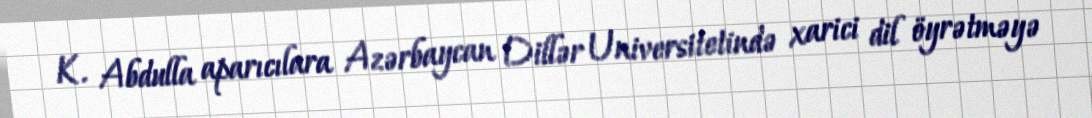
K. Abdulla aparıcılara Azərbaycan Dillər Universitetində xarici dil öyrətməyə